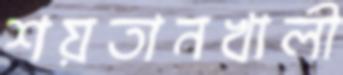
শয়তানখালী